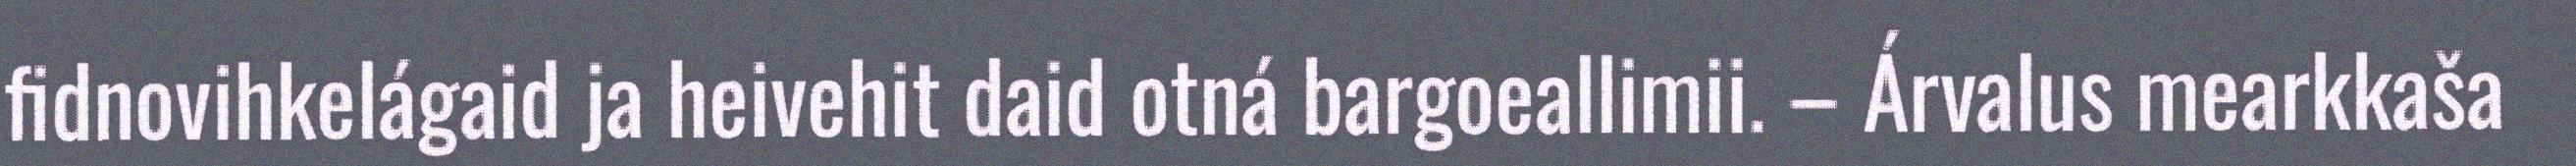
fidnovihkelágaid ja heivehit daid otná bargoeallimii. – Árvalus mearkkaša